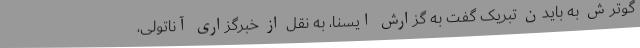
گوترش به بایدن تبریک گفت به گزارش ایسنا، به نقل از خبرگزاری آناتولی،